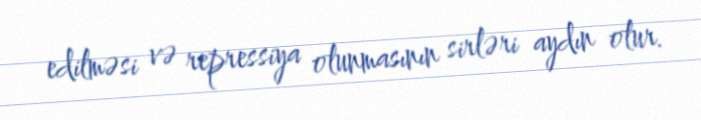
edilməsi və repressiya olunmasının sirləri aydın olur.